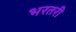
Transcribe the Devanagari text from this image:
भरतरी